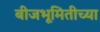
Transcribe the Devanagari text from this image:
बीजभूमितीच्या